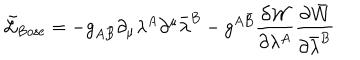
LaTeX: \tilde { { \cal L } } _ { \mathrm { B o s e } } = - g _ { A \bar { B } } \partial _ { \mu } \lambda ^ { A } \partial ^ { \mu } \bar { \lambda } ^ { B } - g ^ { A \bar { B } } \frac { \partial { \cal W } } { \partial \lambda ^ { A } } \frac { \partial \bar { { \cal W } } } { \partial \bar { \lambda } ^ { B } }